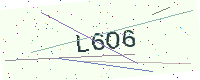
Text: L6O6